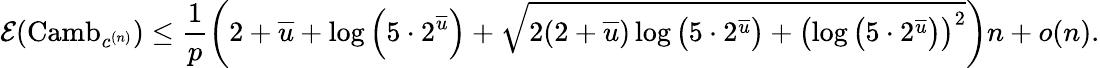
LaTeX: \mathcal E(\mathrm{Camb}_{c^{(n)}})\leq\frac{1}{p}\left(2+\overline{{u}}+\log\left(5\cdot 2^{\overline{{u}}}\right)+\sqrt{2(2+\overline{{u}})\log\left(5\cdot 2^{\overline{{u}}}\right)+\left(\log\left(5\cdot 2^{\overline{{u}}}\right)\right)^{2}}\right)n+o(n).